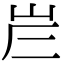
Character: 𡶂